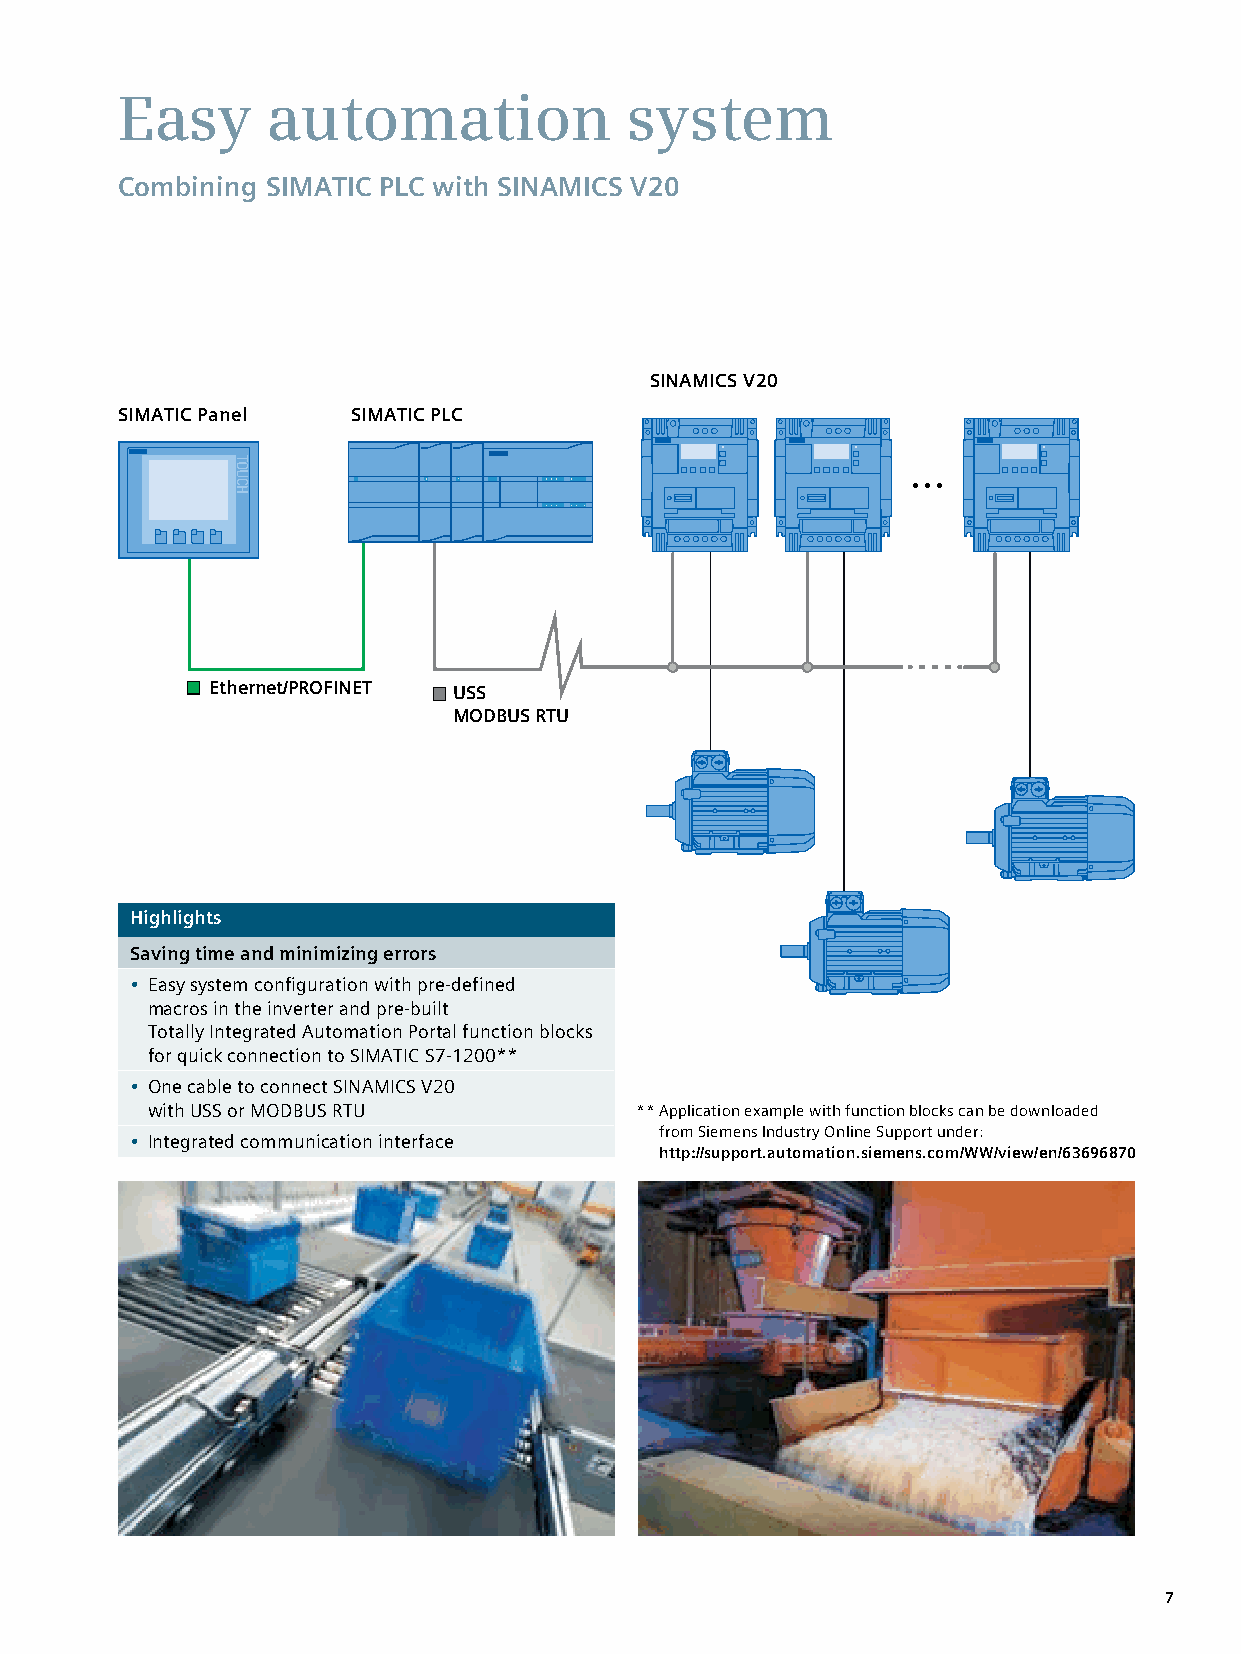
Easy      automation             system
 Combining SIMATIC PLC with SINAMICS V20
 SINAMICS V20
 SIMATIC Panel  SIMATIC PLC
 Ethernet/PROFINET USS
 MODBUS RTU
 Highlights
 Saving time and minimizing errors
 • Easy system configuration with pre-defined
 macros in the inverter and pre-built
 Totally Integrated Automation Portal function blocks
 for quick connection to SIMATIC S7-1200**
 • One cable to connect SINAMICS V20
 with USS or MODBUS RTU          ** Application example with function blocks can be downloaded
 from Siemens Industry Online Support under:
 • Integrated communication interface
 http://support.automation.siemens.com/WW/view/en/63696870
 7